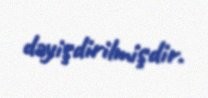
dəyişdirilmişdir.